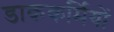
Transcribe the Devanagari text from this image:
डाककर्मियों